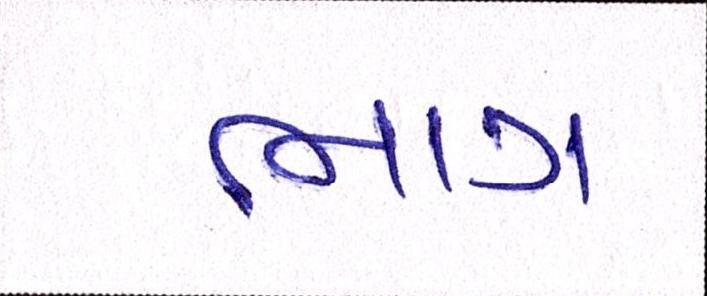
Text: ભાગ